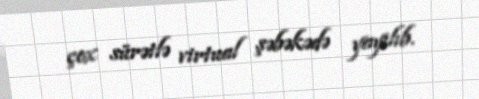
çox sürətlə virtual şəbəkədə yayılıb.